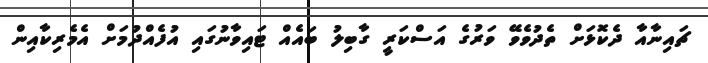
ޗައިނާއާ ދެކޮޅަށް ތެދުވެވޭ ވަރުގެ އަސްކަރީ ގާބިލު ބައެއް ޓައިވާނުގައި އުފެއްދުމަށް އެމެރިކާއިން